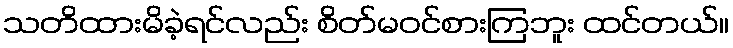
သတိထားမိခဲ့ရင်လည်း စိတ်မဝင်စားကြဘူး ထင်တယ်။